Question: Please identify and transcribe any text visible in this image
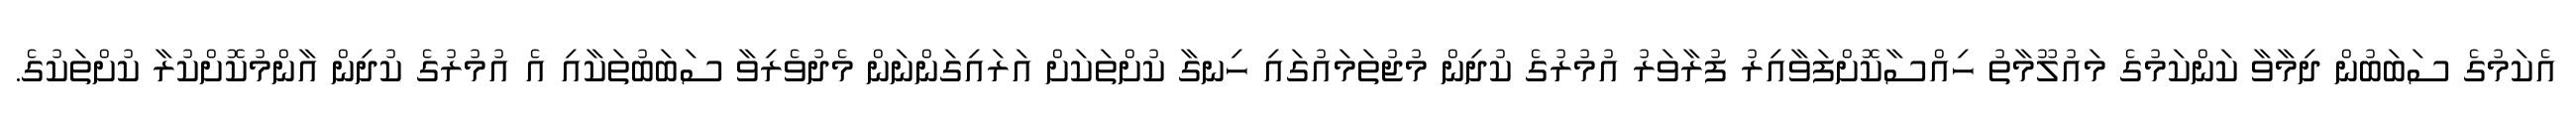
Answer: އެކަމުގެ ސަބަބުން ދިމާވާ ކަންކަމުގެ މައުލޫމާތު ހިއްސާކޮށްފަވާއިރު ފުރާވަރު އުމުރުގެ ކުދިން މުޖުތަމައުގައި ހިނގާ ކުށްތަކަށް އަރައިގަންނަން މެދުވެރިވާ ސަބަބުތަކާއި އެ އުމުރުގެ ކުދިން އާންމުކޮށްކުރާ ކުށްތަކުގެ.